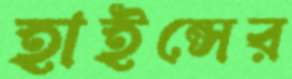
হাইন্সের